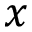
x